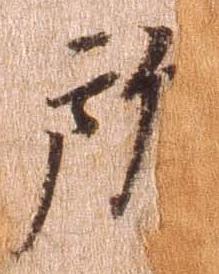
所